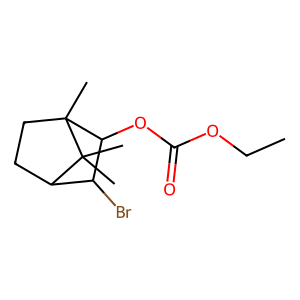
SMILES: CCOC(=O)OC1C(Br)C2CCC1(C)C2(C)C
Inhibits HIV replication: No